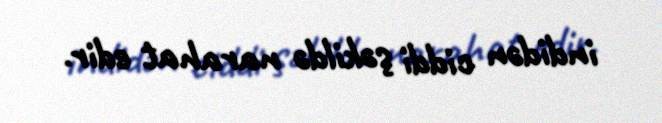
indidən ciddi şəkildə narahat edir.